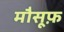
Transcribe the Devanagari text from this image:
मौसूफ़